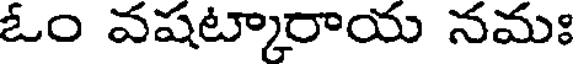
ఓం వషట్కారాయ నమః